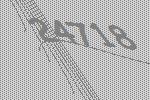
24718